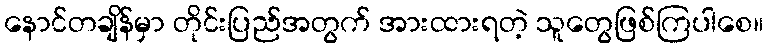
နောင်တချိန်မှာ တိုင်းပြည်အတွက် အားထားရတဲ့ သူတွေဖြစ်ကြပါစေ။